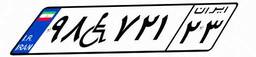
۷۳W۰۴۰۴۶